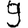
Digit: 9